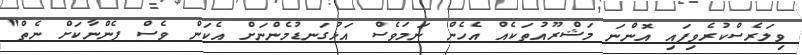
ވިލަރެސްކުރެވިފައި އޮންނަ މަޝްރޫއުތަކެއް އެހެން ނަމަވެސް އަޅުގަނޑުމެންނަށް އެކަން ވެސް ފެންނާކަށް ނެތް"